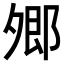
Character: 𡖥